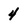
Character: 4